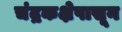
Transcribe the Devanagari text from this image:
चंद्रकक्षेपासून